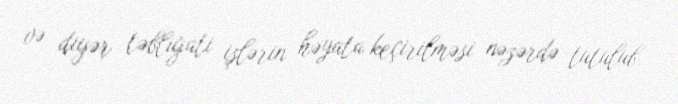
və digər təbliğati işlərin həyata keçirilməsi nəzərdə tutulub.